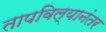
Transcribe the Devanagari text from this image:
तापविल्यानंतर